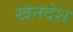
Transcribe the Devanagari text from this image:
खनदेश